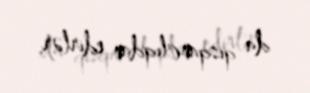
da qısqanclıqdan edirlər.